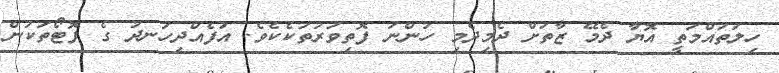
ހިލަތައްމަތީ އޮޔާ ދެމޭ ޒާތަށް ދެމިދެމި ހުންނަ ފޮތިވަރުތަކެކެވެ. އުފެއްދިހަނދު ގެ ފޮޓޯތަކުން